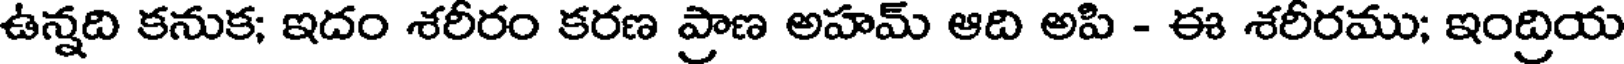
ఉన్నది కనుక; ఇదం శరీరం కరణ ప్రాణ అహమ్ ఆది అపి - ఈ శరీరము; ఇంద్రియ